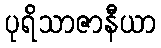
ပုရိသာဇာနီယာ